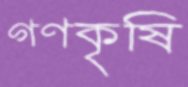
গণকৃষি